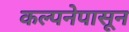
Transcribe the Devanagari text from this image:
कल्पनेपासून